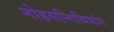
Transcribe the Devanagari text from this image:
नोहसन्गिथियांग